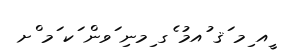
ީއ ިމ ަޤ ުއމު ެގ ިމނި ަވން ަކ ަމ ްށ